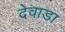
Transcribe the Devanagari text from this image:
देवाडा